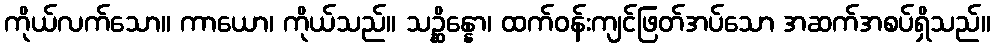
ကိုယ်လက်သော။ ကာယော၊ ကိုယ်သည်။ သဉ္ဆိန္နော၊ ထက်ဝန်းကျင်ဖြတ်အပ်သော အဆက်အစပ်ရှိသည်။